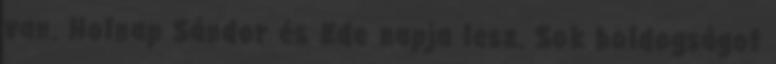
van. Holnap Sándor és Ede napja lesz. Sok boldogságot